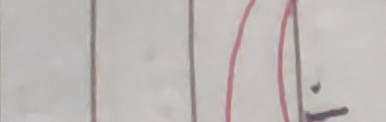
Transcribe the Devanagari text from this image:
भने